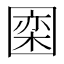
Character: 𪢮